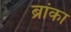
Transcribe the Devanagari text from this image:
ब्रांका